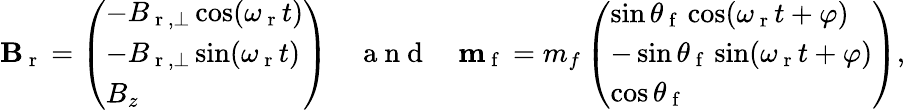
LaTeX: \begin{array}{r}{\mathbf{B}_{\mathrm{~r~}}=\left(\begin{array}{l}{-B_{\mathrm{~r~},\perp}\cos(\omega_{\mathrm{~r~}}t)}\\ {-B_{\mathrm{~r~},\perp}\sin(\omega_{\mathrm{~r~}}t)}\\ {B_{z}}\end{array}\right)\quad\mathrm{~a~n~d~}\quad\mathbf{m}_{\mathrm{~f~}}=m_{f}\left(\begin{array}{l}{\sin\theta_{\mathrm{~f~}}\cos(\omega_{\mathrm{~r~}}t+\varphi)}\\ {-\sin\theta_{\mathrm{~f~}}\sin(\omega_{\mathrm{~r~}}t+\varphi)}\\ {\cos\theta_{\mathrm{~f~}}}\end{array}\right),}\end{array}